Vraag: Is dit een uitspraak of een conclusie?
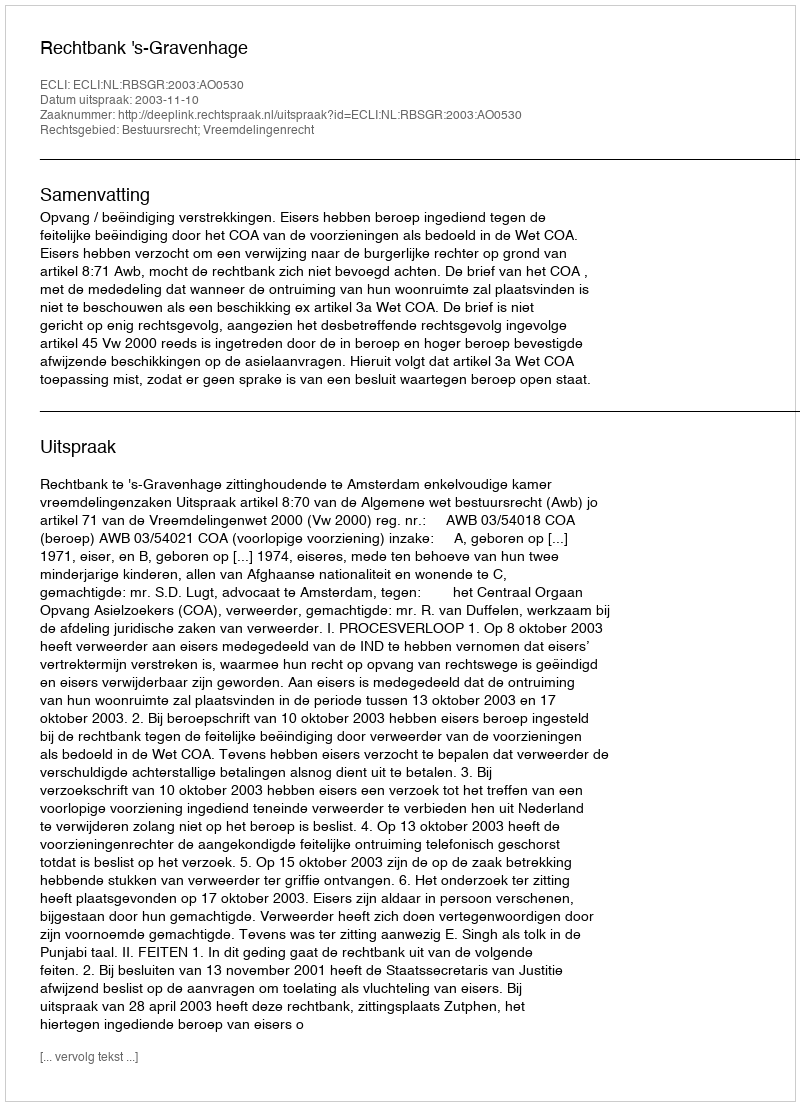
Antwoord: Uitspraak